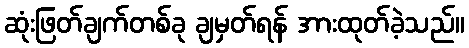
ဆုံးဖြတ်ချက်တစ်ခု ချမှတ်ရန် အားထုတ်ခဲ့သည်။